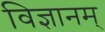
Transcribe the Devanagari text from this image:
विज्ञानम्